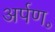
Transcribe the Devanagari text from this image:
अर्पण॰